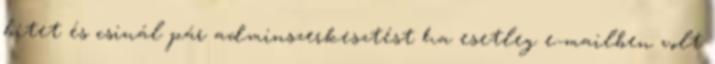
bitet és csinál pár adminszerkesztést ha esetleg e-mailben volt